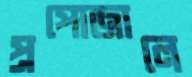
প্রপোজালে